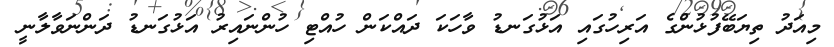
މިއަދު ތިޔަބޭފުޅުންގެ އަރިހުގައި އަޅުގަނޑު ވާހަކަ ދައްކަން ހުއްޓި ހުންނައިރު އަޅުގަނޑު ދަންނަވާލާނީ